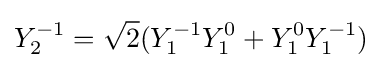
Y_{2}^{-1}={\sqrt {2}}(Y_{1}^{-1}Y_{1}^{0}+Y_{1}^{0}Y_{1}^{-1})